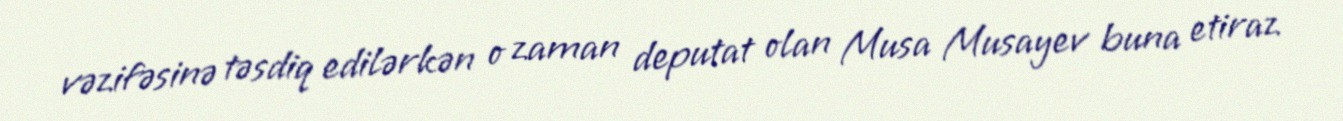
vəzifəsinə təsdiq edilərkən o zaman deputat olan Musa Musayev buna etiraz